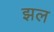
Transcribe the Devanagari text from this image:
झल